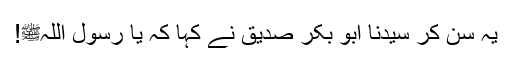
یہ سن کر سیدنا ابو بکر صدیقؓ نے کہا کہ یا رسول اللہﷺ!